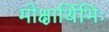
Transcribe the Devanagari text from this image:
मोक्षार्थिभिः